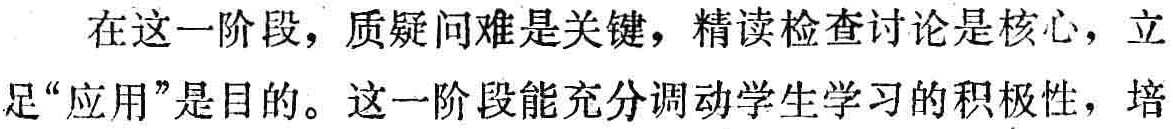
在这一阶段，质疑问难是关键，精读检查讨论是核心，立足“应用”是目的。这一阶段能充分调动学生学习的积极性，培